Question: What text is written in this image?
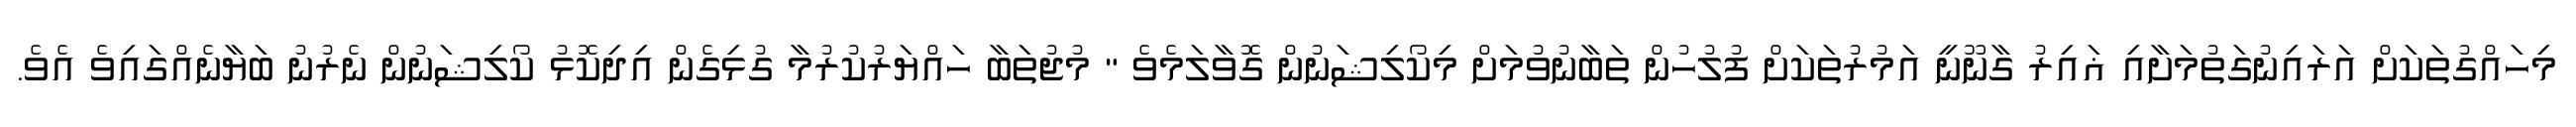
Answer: މިހައްގުތަކަށް އަރައިނުގަތުމަށާއި ޣައިރު ގާނޫނީ އަމުރުތަކަށް ފުލުހުން ތަބާނުވުމަށް މިކޯލިޝަނުން ގޮވާލަމެވެ " މުޖުތަބާ ހައްޔަރުކުރުމާ ގުޅިގެން އިދިކޮޅު ކޯލިޝަނުން ނެރުނު ބަޔާނެއްގައިވެ އެވެ.